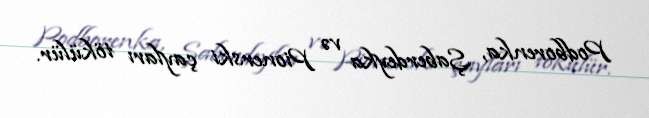
Podborenka, Şaberdeyka və Pionerski çayları tökülür.